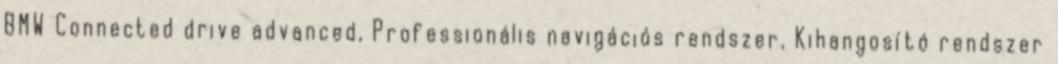
BMW Connected drive advanced, Professionális navigációs rendszer, Kihangosító rendszer